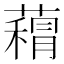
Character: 𮑨